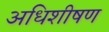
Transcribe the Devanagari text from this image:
अधिशीषण